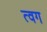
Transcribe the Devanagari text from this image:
त्वग